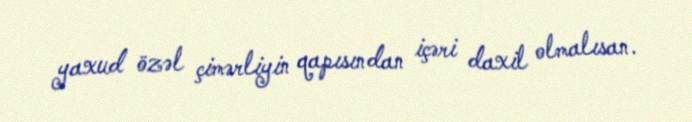
yaxud özəl çimərliyin qapısından içəri daxil olmalısan.